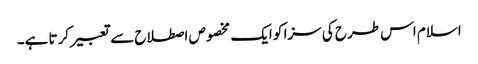
اسلام اس طرح کی سزا کو ایک مخصوص اصطلاح سے تعبیر کرتا ہے۔